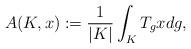
LaTeX: \begin{gather*}A(K,x):=\frac{1}{|K|}\int_{K}T_gxdg,\end{gather*}